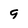
Character: 9